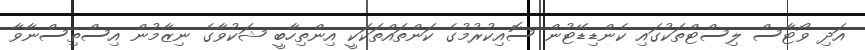
އަދި ވޯޓާސް ލިސްޓްތަކުގައި ކެންޑިޑޭޓުން ސޮއިކުރުމުގެ ކަންތައްތަކަކީ އިންތިހާބީ ޝަކުވާގެ ނިޒާމުން އިސްތިސްނާވާ